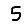
Digit: 5